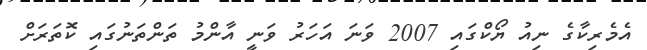
އެމެރިކާގެ ނިއު ޔޯކްގައި 2007 ވަނަ އަހަރު ވަނީ އާންމު ތަންތަނުގައި ކޮތަރަށް